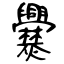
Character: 爨